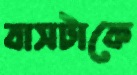
বাসটাকে